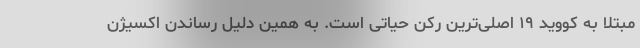
مبتلا به کووید ۱۹ اصلی‌ترین رکن حیاتی است. به همین دلیل رساندن اکسیژن